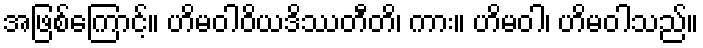
အဖြစ်ကြောင့်။ ဟိမဝါဝိယဒိဿတီတိ၊ ကား။ ဟိမဝါ၊ ဟိမဝါသည်။